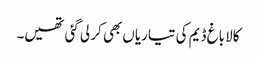
کالا باغ ڈیم کی تیاریاں بھی کر لی گئی تھیں۔